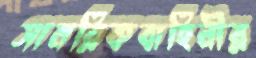
সামরিকবাহিনীর